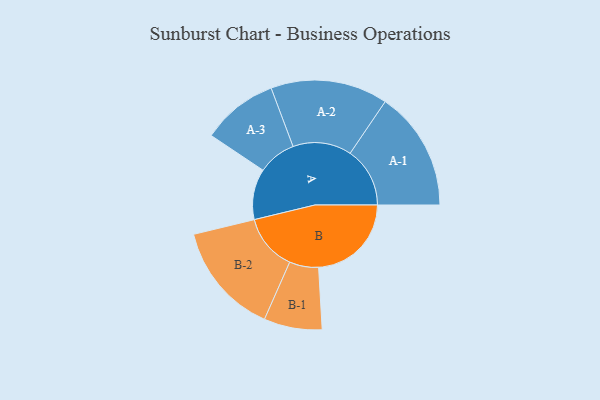
{"axis": {"x": "Segment", "y": "Value"}, "legend": ["", "A", "B"], "data": [{"x": "A", "y": 218, "type": ""}, {"x": "B", "y": 399, "type": ""}, {"x": "A-1", "y": 257, "type": "A"}, {"x": "A-2", "y": 252, "type": "A"}, {"x": "A-3", "y": 164, "type": "A"}, {"x": "B-1", "y": 125, "type": "B"}, {"x": "B-2", "y": 242, "type": "B"}]}